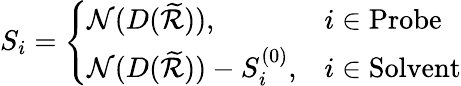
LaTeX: S_{i}=\left\{ \begin{array}{ll}{\mathcal{N}(D(\widetilde{\mathcal{R}})),}&{i\in\mathrm{Probe}}\\ {\mathcal{N}(D(\widetilde{\mathcal{R}}))-S_{i}^{(0)},}&{i\in\mathrm{Solvent}}\end{array}\right.